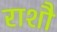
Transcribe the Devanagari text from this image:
राशौ